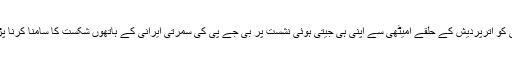
کانگریس کے صدر اور وزیر اعظم کے امیدوار راہول گاندھی کو اترپردیش کے حلقے امیٹھی سے اپنی ہی جیتی ہوئی نشست پر بی جے پی کی سمرتی ایرانی کے ہاتھوں شکست کا سامنا کرنا پڑا، تاہم وہ جنوبی ریاست کیرالا سے جیتنے میں کامیاب رہے۔